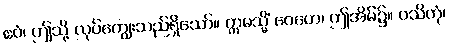
ဧဝံ၊ ဤသို့ လုပ်ကျွေးသည်ရှိသော်။ ဣမသ္မိံ ဂေဟေ၊ ဤအိမ်၌။ ဝသိတုံ၊